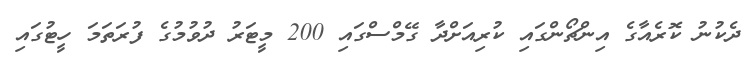
ދެކުނު ކޮރެއާގެ އިންޗޯންގައި ކުރިއަށްދާ ގޭމްސްގައި 200 މީޓަރު ދުވުމުގެ ފުރަތަމަ ހީޓުގައި